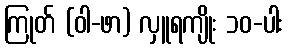
ကြုတ် (ဝါ-ဖာ) လှူရကျိုး ၁၀-ပါး